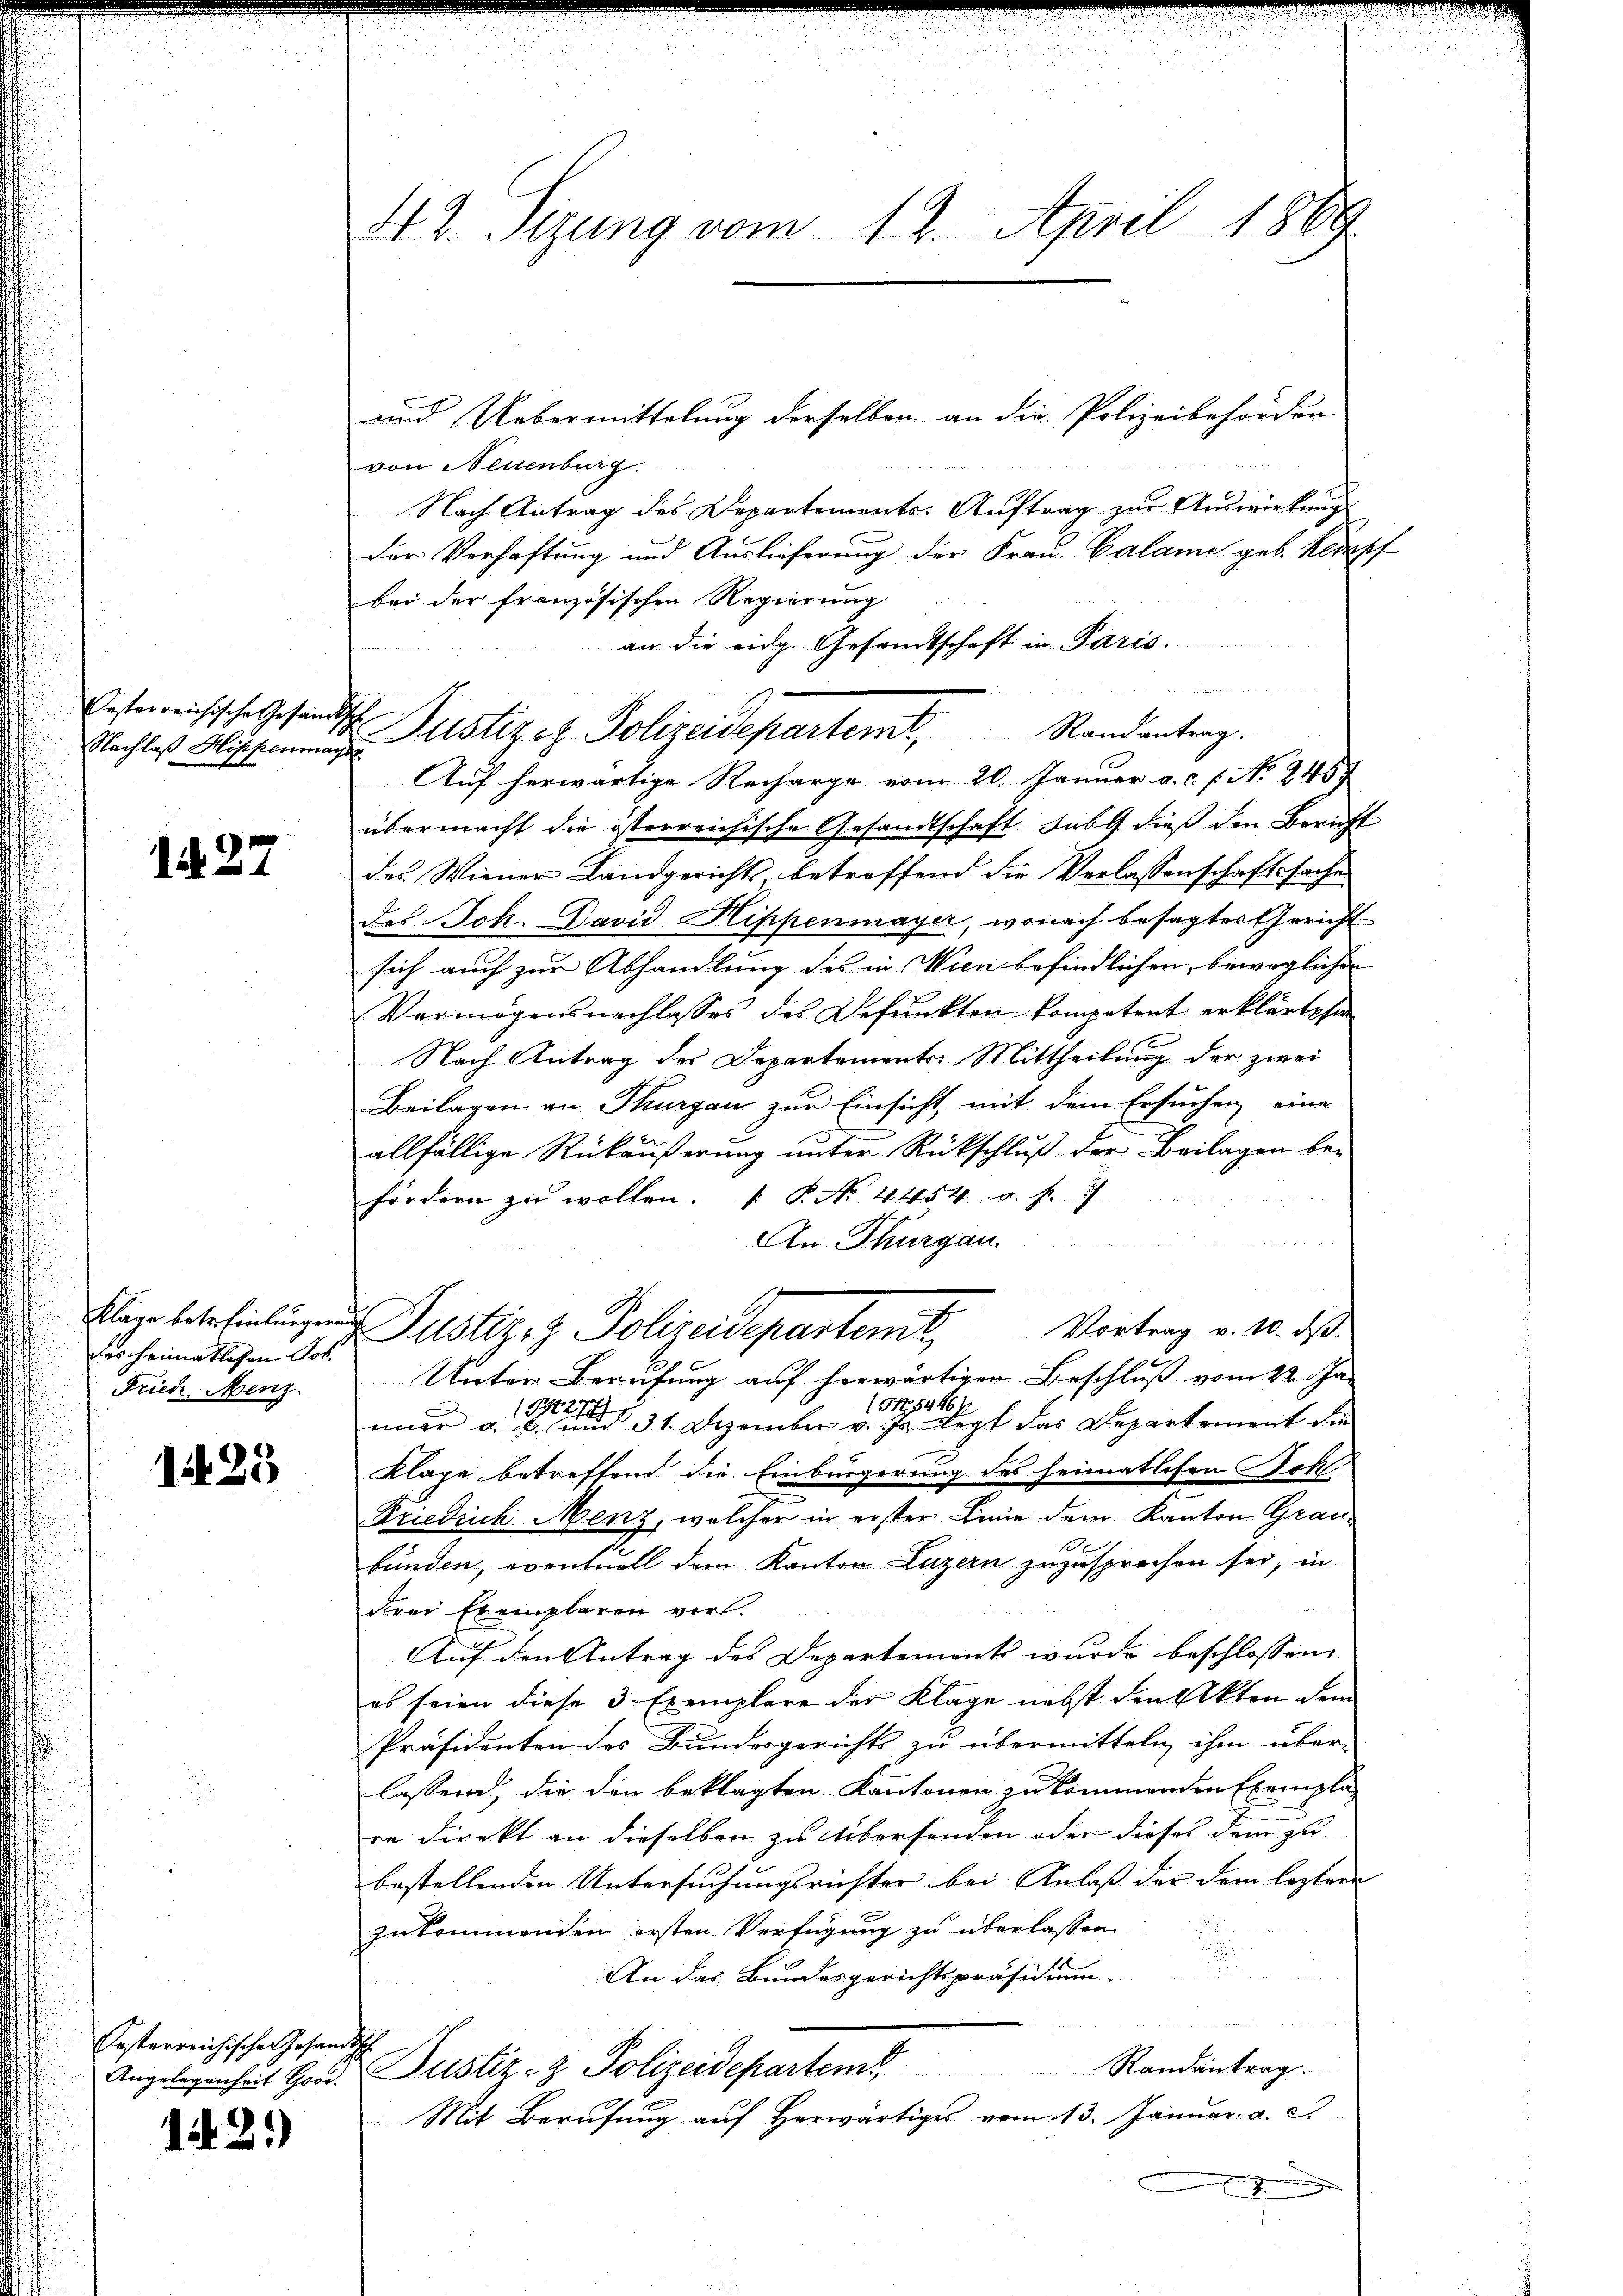
lesterreichische Gesam
Nachlaß Hippenma

1 d. 27

Kläge betr. Einburger
des Heimatlosen Joh.
Friedr. Menz.

1425

Posterreichischen Gesandtsch

1429)

42. Sizung vom 12. April 1869.

a

von Neuenburg
Nach Antrag des Departements-Auftrag zur Auswirkung
der Verhaftung und Auslieferung der Frau Calame geb. Kampf
bei der französischen Regierung
an die eidg. Gesandtschaft in Paris.
 257 Fr. 252.
M. Justizez Polizeidepartert, Randantrag.
Auf herwärtige Recharge vom 20. Januar a. c. s. No. 2457
übermacht die österreichische Gesandtschaft habe dieß den Bericht
des Wiener Landgerichts betreffend die Verlassenschaftssache
des Joh. David Hippenmayer, wonach besagter Gericht
sich auch zur Abhandlung des in Wien befindlichen, beweglichen
Vermögensnachlasses des Befunkten kompetent erklärte sie
Nach Antrag des Departement. Mittheilung der zwei
Beilagen an Thurgau zur Einsicht mit dem Ersuchen eine
allfällige Rückäußerung unter Rückschluß der Beilagen befördern zu wollen. P. Nr. 4454 u. s.
An Thurgau.
 Justizrz Polizeideparten Vortrag v. 10. ds.
Unter Berufung auf herwärtigen Beschluß vom 22. Ja-
(NNo. 54461.
einer a.                 31. Dezember v. Js. legt das Departement die
Klage betreffend die Einbürgerung des heimatlichen Bohl
Friedrich Menz, welcher in erster Linie dem Kanton Graubunden, eventuell dem Kanton Luzern zuzusprechen sei, in
Frei Exemplaren viel.
Auf den Antrag des Departement wurde beschlossen:
es seien diese 3 Exemplare der Klage nebst den Akten dem
Präsidenten des Bundesgerichts zu übermitteln ihm über-
lassend, die den beklagten Kantonen zu kommenden Exempla-
re: Direkt an dieselben zu Übersenden oder dieses dem zu
bestellenden Untersuchungsrichter bei Anlaß der dem leztere
zukommenden ersten Verfügung zu überlassen
.
.
An das Bundesgerichtspräsidium

Randantrag.
Angelegenheit Good Justiz- & Polizeidepartem
Mit Berufung auf Herwärtiges vom 13. Januar a. c.
.

und Uebermittelung derselben an die Polizeibehörden

e